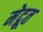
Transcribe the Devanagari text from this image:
मेद्रूत